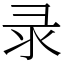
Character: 录